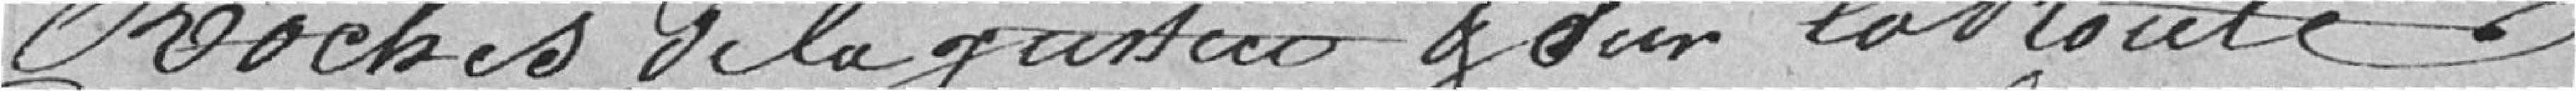
proches de la et sur la route